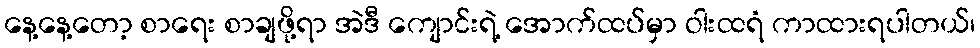
နေ့နေ့တော့ စာရေး စာချဖို့ရာ အဲဒီ ကျောင်းရဲ့ အောက်ထပ်မှာ ဝါးထရံ ကာထားရပါတယ်၊